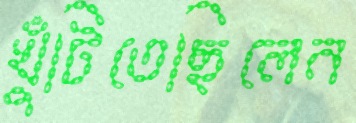
খুঁটিতেছিলেন